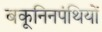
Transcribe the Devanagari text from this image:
बकूनिनपंथियों